system: You are a helpful assistant.
user:
Analyze the provided spectrum to determine if it is a **Carbon Star (C-type)**.

- **Key Visual Indicators of Carbon Star:**
    - **(Primary):** Strong molecular absorption from **C₂ (diatomic carbon) "Swan Bands."** This is the **defining feature** of a carbon star.
        - **(Key Bandheads):** Sharp absorption edges are visible at approximately $5635$ Å, $5165$ Å (the strongest band), and $4737$ Å.
        - **(Line Profile):** Creates a distinct **"saw-tooth"** pattern. The key morphology is a sharp, steep bandhead on the **red (long-wavelength) side**, which then gradually tapers off (i.e., flux recovers) towards the **blue (short-wavelength) side**. *(This is the direct opposite of the TiO bands seen in M-type stars)*.

    - **(Secondary):** Intense **CN (cyanogen)** molecular absorption bands.
        - **(Key Bandheads):** Located in the blue and violet regions of the spectrum (e.g., near $4215$ Å and $3883$ Å).
        - **(Morphology):** These bands are extremely broad and act as a "blanket," absorbing the vast majority of blue and violet light. This creates a characteristic **"cliff"** or **"steep drop-off"** in the spectrum's flux at short wavelengths.

    - **(Key Confirmation):** Strong **CH absorption band (G-band)**.
        - **(Key Bandhead):** Located around $4300$ Å. The contribution from CH molecules to this band is exceptionally strong.

    - **(Overall Spectrum):**
        - The continuum is severely "chopped up" by these deep molecular bands, especially C₂, rather than appearing as a smooth curve.
        - Due to the heavy CN and C₂ absorption in the blue-green, the vast majority of the star's flux is concentrated in the red part of the spectrum, giving the star its characteristic deep red color.

Think first, call **spectral_visualization_tool** if needed to examine features in detail, then provide your final answer. Your response must adhere to the following strict rules:
1.  **Overall Structure:** Your response must follow the format `<think>...</think> <tool_call>...</tool_call> (if a tool is used) <answer>...</answer>`.
2.  **Tool Usage Constraint:** You may only make **one** tool call per turn.
3.  **Final Answer Format:** In the `<answer>` tag, your conclusion must be inside a `\boxed{}` command (e.g., `\boxed{YES}`), followed by your justification.

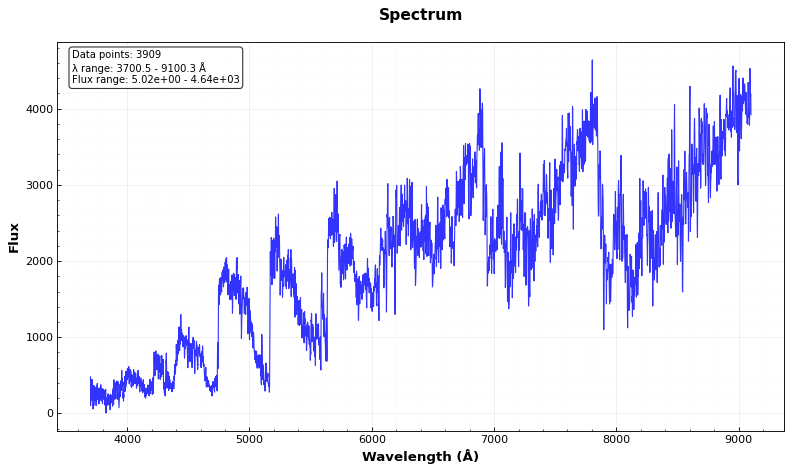
Answer: YES